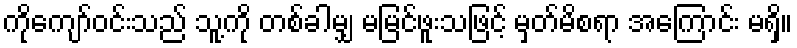
ကိုကျော်ဝင်းသည် သူ့ကို တစ်ခါမျှ မမြင်ဖူးသဖြင့် မှတ်မိစရာ အကြောင်း မရှိ။